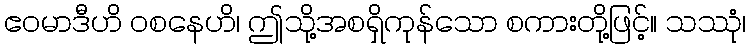
ဧဝမာဒီဟိ ဝစနေဟိ၊ ဤသို့အစရှိကုန်သော စကားတို့ဖြင့်။ သဿုံ၊